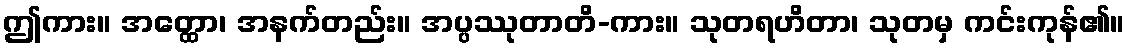
ဤကား။ အတ္ထော၊ အနက်တည်း။ အပ္ပဿုတာတိ-ကား။ သုတရဟိတာ၊ သုတမှ ကင်းကုန်၏။